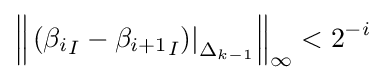
\left\|\left.\left({\beta _{i}}_{I}-{\beta _{i+1}}_{I}\right)\right|_{\Delta _{k-1}}\right\|_{\infty }<2^{-i}